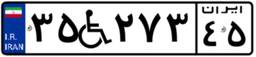
۵۶W۸۲۴۹۴